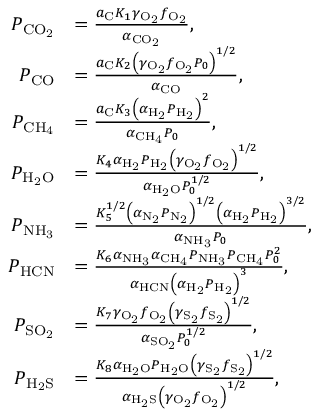
\begin{array} { r l } { P _ { \mathrm { C O _ { 2 } } } } & { = \frac { a _ { \mathrm { C } } K _ { 1 } \gamma _ { \mathrm { O _ { 2 } } } f _ { \mathrm { O _ { 2 } } } } { \alpha _ { \mathrm { C O _ { 2 } } } } , } \\ { P _ { \mathrm { C O } } } & { = \frac { a _ { \mathrm { C } } K _ { 2 } \left( \gamma _ { \mathrm { O _ { 2 } } } f _ { \mathrm { O _ { 2 } } } P _ { 0 } \right) ^ { 1 / 2 } } { \alpha _ { \mathrm { C O } } } , } \\ { P _ { \mathrm { C H _ { 4 } } } } & { = \frac { a _ { \mathrm { C } } K _ { 3 } \left( \alpha _ { \mathrm { H _ { 2 } } } P _ { \mathrm { H _ { 2 } } } \right) ^ { 2 } } { \alpha _ { \mathrm { C H _ { 4 } } } P _ { 0 } } , } \\ { P _ { \mathrm { H _ { 2 } O } } } & { = \frac { K _ { 4 } \alpha _ { \mathrm { H _ { 2 } } } P _ { \mathrm { H _ { 2 } } } \left( \gamma _ { \mathrm { O _ { 2 } } } f _ { \mathrm { O _ { 2 } } } \right) ^ { 1 / 2 } } { \alpha _ { \mathrm { H _ { 2 } O } } P _ { 0 } ^ { 1 / 2 } } , } \\ { P _ { \mathrm { N H _ { 3 } } } } & { = \frac { K _ { 5 } ^ { 1 / 2 } \left( \alpha _ { \mathrm { N _ { 2 } } } P _ { \mathrm { N _ { 2 } } } \right) ^ { 1 / 2 } \left( \alpha _ { \mathrm { H _ { 2 } } } P _ { \mathrm { H _ { 2 } } } \right) ^ { 3 / 2 } } { \alpha _ { \mathrm { N H _ { 3 } } } P _ { 0 } } , } \\ { P _ { \mathrm { H C N } } } & { = \frac { K _ { 6 } \alpha _ { \mathrm { N H _ { 3 } } } \alpha _ { \mathrm { C H _ { 4 } } } P _ { \mathrm { N H _ { 3 } } } P _ { \mathrm { C H _ { 4 } } } P _ { 0 } ^ { 2 } } { \alpha _ { \mathrm { H C N } } \left( \alpha _ { \mathrm { H _ { 2 } } } P _ { \mathrm { H _ { 2 } } } \right) ^ { 3 } } , } \\ { P _ { \mathrm { S O _ { 2 } } } } & { = \frac { K _ { 7 } \gamma _ { \mathrm { O _ { 2 } } } f _ { \mathrm { O _ { 2 } } } \left( \gamma _ { \mathrm { S _ { 2 } } } f _ { \mathrm { S _ { 2 } } } \right) ^ { 1 / 2 } } { \alpha _ { \mathrm { S O _ { 2 } } } P _ { 0 } ^ { 1 / 2 } } , } \\ { P _ { \mathrm { H _ { 2 } S } } } & { = \frac { K _ { 8 } \alpha _ { \mathrm { H _ { 2 } O } } P _ { \mathrm { H _ { 2 } O } } \left( \gamma _ { \mathrm { S _ { 2 } } } f _ { \mathrm { S _ { 2 } } } \right) ^ { 1 / 2 } } { \alpha _ { \mathrm { H _ { 2 } S } } \left( \gamma _ { \mathrm { O _ { 2 } } } f _ { \mathrm { O _ { 2 } } } \right) ^ { 1 / 2 } } , } \end{array}